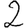
Digit: 2